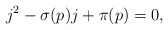
\begin{align*} j^2 - \sigma(p) j + \pi(p) = 0, \end{align*}